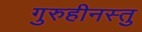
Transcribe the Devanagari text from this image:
गुरुहीनस्तु